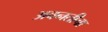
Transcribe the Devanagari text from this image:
अवनतीचा